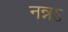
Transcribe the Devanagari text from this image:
नन्नऽ